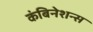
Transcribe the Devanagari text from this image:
कंबिनेशन्स